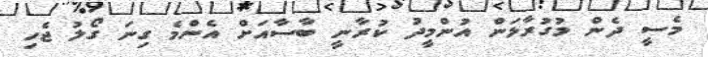
މެސީ ދެން މުގުރާލަން އުންމީދު ކުރާނީ ބާސާއަށް އެންމެ ގިނަ ގޯލު ޖެހި